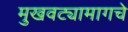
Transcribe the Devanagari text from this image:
मुखवट्यामागचे